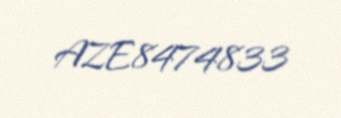
AZE8474833